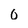
Character: 0